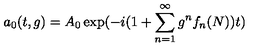
a _ { 0 } ( t , g ) = A _ { 0 } \exp ( - i ( 1 + \sum _ { n = 1 } ^ { \infty } g ^ { n } f _ { n } ( N ) ) t )